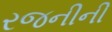
રજનીની